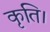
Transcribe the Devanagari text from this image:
कृति।